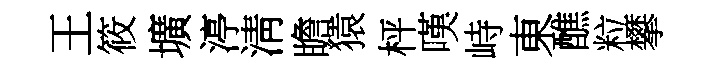
王筱壙渟淸瞻猿枰嘆峙東醮粒攀